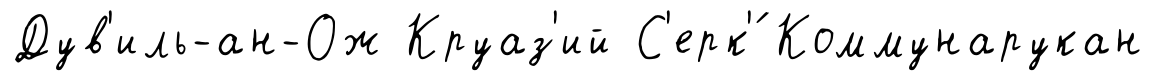
Дув'иль-ан-Ож Круаз'ий С'ерк'́ Коммунарукан